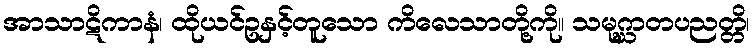
အာသာဋိကာနံ၊ ထိုယင်ဥနှင့်တူသော ကိလေသာတို့ကို။ သမုဂ္ဃာတပညတ္တိ၊